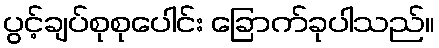
ပွင့်ချပ်စုစုပေါင်း ခြောက်ခုပါသည်။